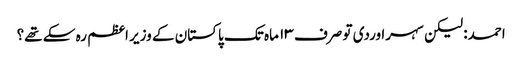
احمد: لیکن سہراوردی تو صرف ۱۳ ماہ تک پاکستان کے وزیر اعظم رہ سکے تھے؟